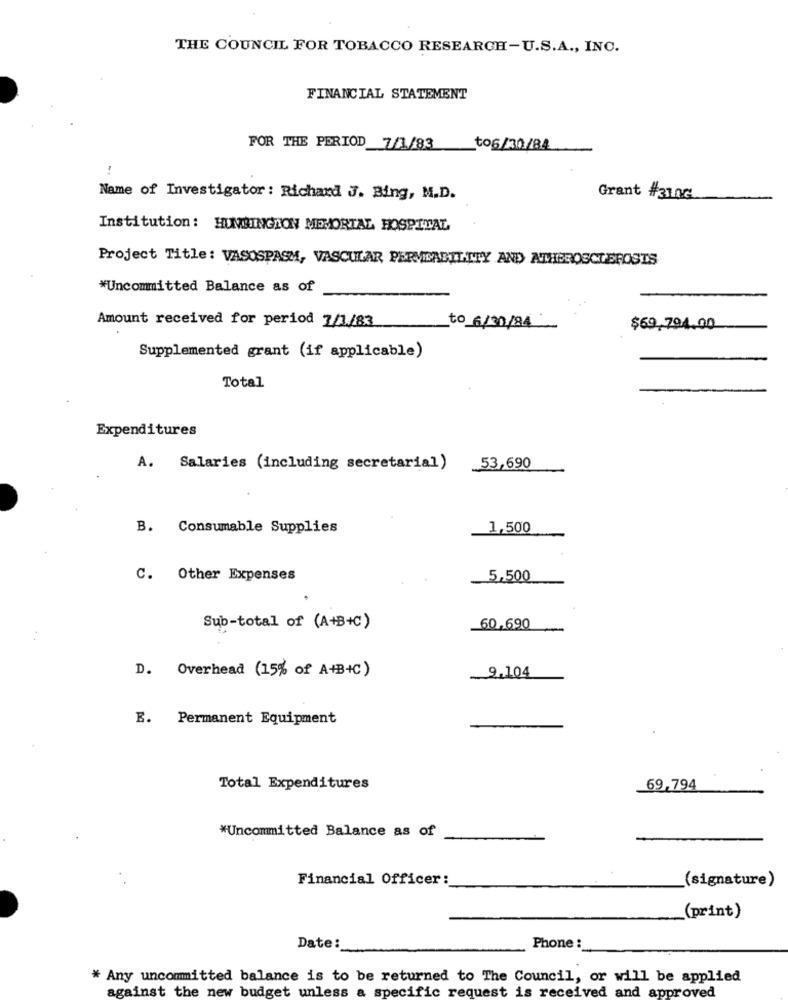
THE COUNCIL FOR TOBACCO RESEARCH-U.S.A ., INC.
FINANCIAL STATEMENT
FOR THE PERIOD 7/1/83
to6/30/84
Name of Investigator : Richard J. Bing, M.D.
Grant #31.06
Institution : HUMBINGNON MEMORIAL HOSPITAL
Project Title: VASOSPASM, VASCULAR PERVIABILITY AND ATHEROSCLEROSIS
*Uncommitted Balance as of
Amount received for period 7/1/83
to 6/30/84
$69.794.00
Supplemented grant (if applicable)
Total
Expenditures
A. Salaries (including secretarial) 53,690
B. Consumable Supplies
1,500
C. Other Expenses
5,500
Sub-total of (A+B+C)
60,690
D. Overhead (15% of A+B+C)
9,104
E. Permanent Equipment
Total Expenditures
69,794
*Uncommitted Balance as of
Financial Officer:
(signature)
(print)
Date:
Phone :
* Any uncommitted balance is to be returned to The Council, or will be applied
against the new budget unless a specific request is received and approved